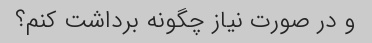
و در صورت نیاز چگونه برداشت کنم؟